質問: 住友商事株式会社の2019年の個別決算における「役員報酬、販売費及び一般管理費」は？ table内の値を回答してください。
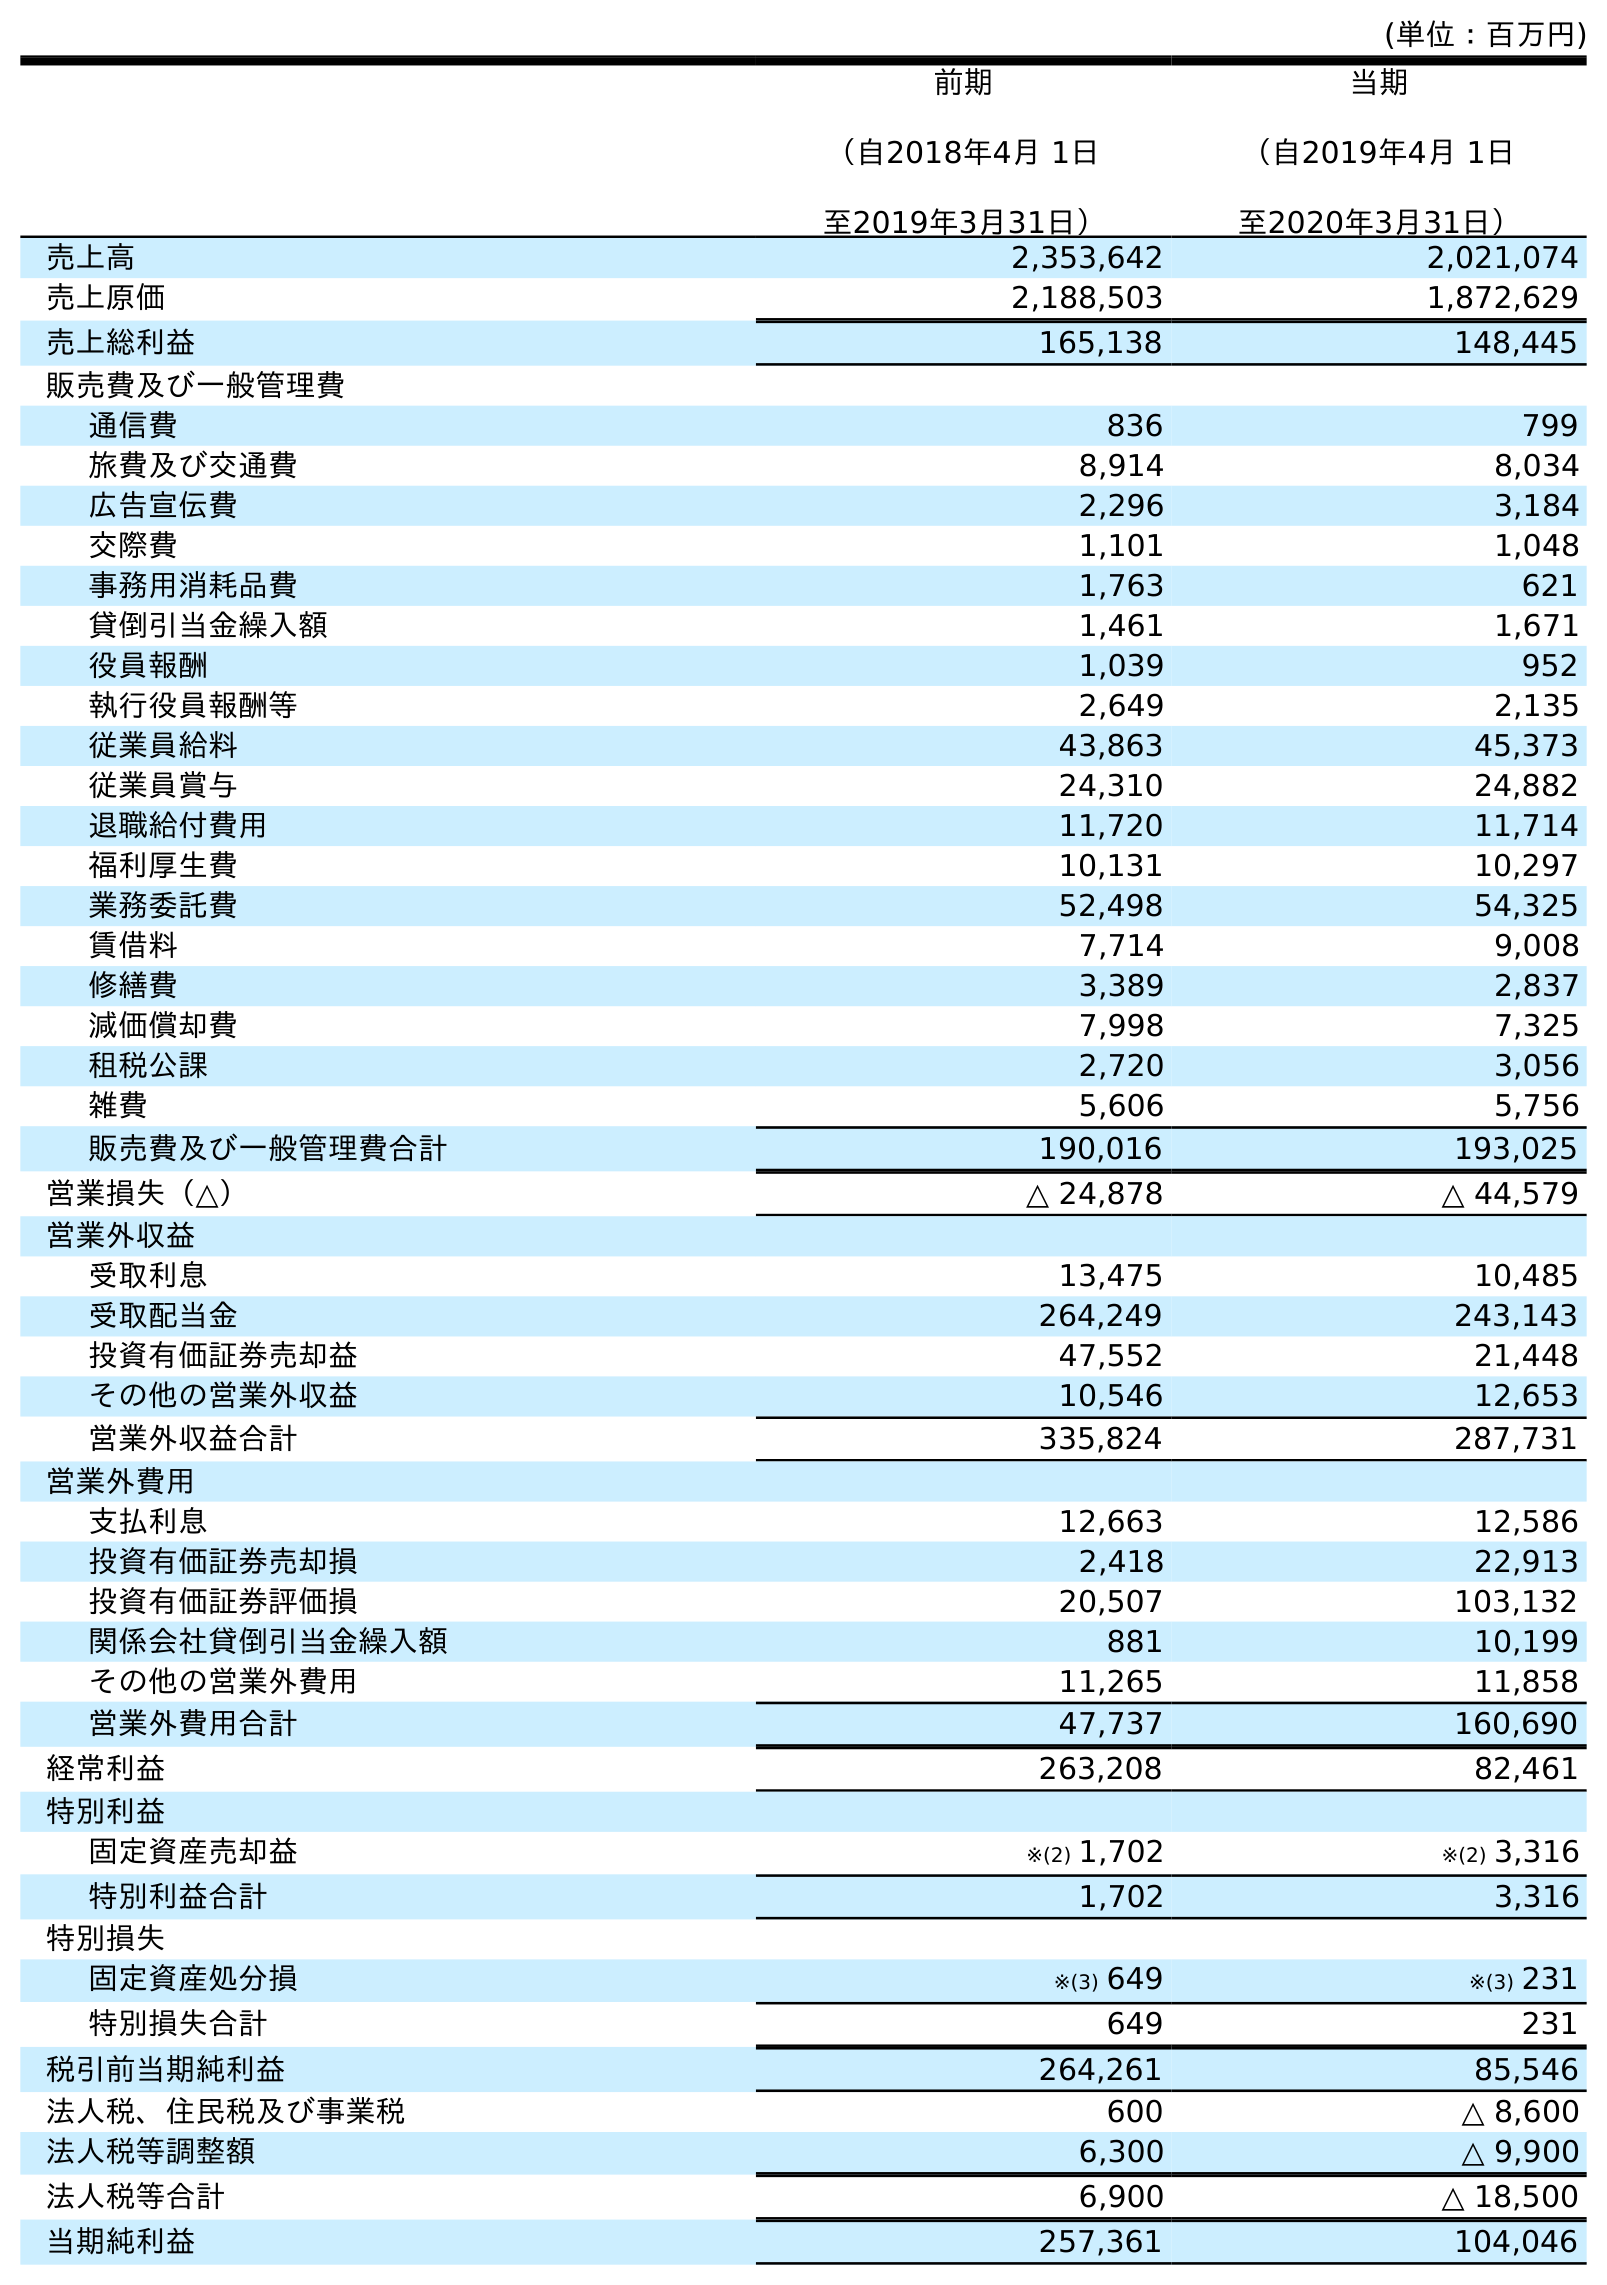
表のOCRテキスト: (単位：百万円) 前期 （自2018年4月 1日 至2019年3月31日） 当期 （自2019年4月 1日 至2020年3月31日） 売上高 2,353,642 2,021,074 売上原価 2,188,503 1,872,629 売上総利益 165,138 148,445 販売費及び一般管理費 通信費 836 799 旅費及び交通費 8,914 8,034 広告宣伝費 2,296 3,184 交際費 1,101 1,048 事務用消耗品費 1,763 621 貸倒引当金繰入額 1,461 1,671 役員報酬 1,039 952 執行役員報酬等 2,649 2,135 従業員給料 43,863 45,373 従業員賞与 24,310 24,882 退職給付費用 11,720 11,714 福利厚生費 10,131 10,297 業務委託費 52,498 54,325 賃借料 7,714 9,008 修繕費 3,389 2,837 減価償却費 7,998 7,325 租税公課 2,720 3,056 雑費 5,606 5,756 販売費及び一般管理費合計 190,016 193,025 営業損失（△） △ 24,878 △ 44,579 営業外収益 受取利息 13,475 10,485 受取配当金 264,249 243,143 投資有価証券売却益 47,552 21,448 その他の営業外収益 10,546 12,653 営業外収益合計 335,824 287,731 営業外費用 支払利息 12,663 12,586 投資有価証券売却損 2,418 22,913 投資有価証券評価損 20,507 103,132 関係会社貸倒引当金繰入額 881 10,199 その他の営業外費用 11,265 11,858 営業外費用合計 47,737 160,690 経常利益 263,208 82,461 特別利益 固定資産売却益 ※(2) 1,702 ※(2) 3,316 特別利益合計 1,702 3,316 特別損失 固定資産処分損 ※(3) 649 ※(3) 231 特別損失合計 649 231 税引前当期純利益 264,261 85,546 法人税、住民税及び事業税 600 △ 8,600 法人税等調整額 6,300 △ 9,900 法人税等合計 6,900 △ 18,500 当期純利益 257,361 104,046
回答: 1,039